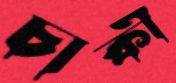
চাকী